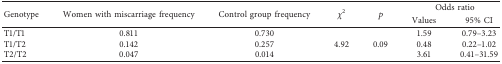
<table><thead><tr><td rowspan="2"><b>Genotype</b></td><td rowspan="2"><b>Women with miscarriage frequency</b></td><td rowspan="2"><b>Control group frequency</b></td><td rowspan="2"><b><i>χ</i><sup>2</sup></b></td><td rowspan="2"><b><i>p</i></b></td><td colspan="2"><b>Odds ratio</b></td></tr><tr><td><b>Values</b></td><td><b>95% CI</b></td></tr></thead><tbody><tr><td>T1/T1</td><td>0.811</td><td>0.730</td><td rowspan="3">4.92</td><td rowspan="3">0.09</td><td>1.59</td><td>0.79–3.23</td></tr><tr><td>T1/T2</td><td>0.142</td><td>0.257</td><td>0.48</td><td>0.22–1.02</td></tr><tr><td>T2/T2</td><td>0.047</td><td>0.014</td><td>3.61</td><td>0.41–31.59</td></tr></tbody></table>